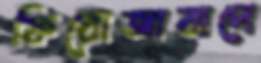
ফিরোজাবাদে